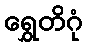
ရွှေတိဂုံ